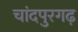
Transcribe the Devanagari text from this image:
चांदपुरगढ़